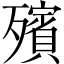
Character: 殯